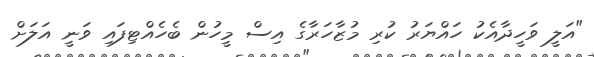
"އަލީ ވަހީދާއެކު ހައްޔަރު ކުރި މުޒާހަރާގެ އިސް މީހުން ބެހެއްޓިފައި ވަނީ އަލަށް